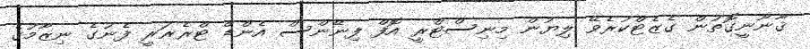
ޤާނޫނީގޮތުން ގެޒެޓްކުރެވޭ ލިޔުން މިނިސްޓްރީ އޮފް ފިނޭންސް އެންޑް ޓްރެޜަރީ ފެނުގެ ނިޒާމުގެ